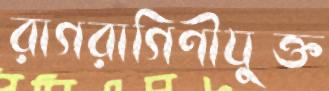
রাগরাগিণীযুক্ত